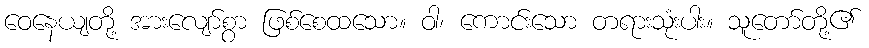
ဝေနေယျတို့ အားလျော်စွာ ဖြစ်စေထသော။ ဝါ၊ ကောင်းသော တရားသုံးပါး။ သူတော်တို့၏